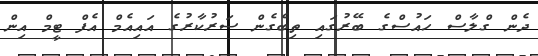
ދެން ގްލާސް ހައުސްގެ ބޭރުގައި ތިބެގެން ސަރުކާރުގެ އައިއެމް އެފް ޓީމް އިން